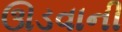
ઊડવાની